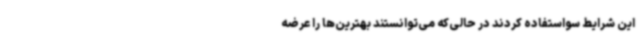
این شرایط سواستفاده کردند در حالی‌که می‌توانستند بهترین‌ها را عرضه